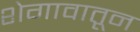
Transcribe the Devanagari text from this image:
शेगावातून